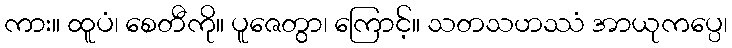
ကား။ ထူပံ၊ စေတီကို။ ပူဇေတွာ၊ ကြောင့်။ သတသဟဿံ အာယုကပ္ပေ၊